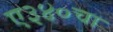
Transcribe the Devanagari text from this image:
ए३४०चा